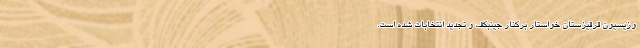
وزیسیون قرقیزستان خواستار برکنار جینبکف و تجدید انتخابات شده است.